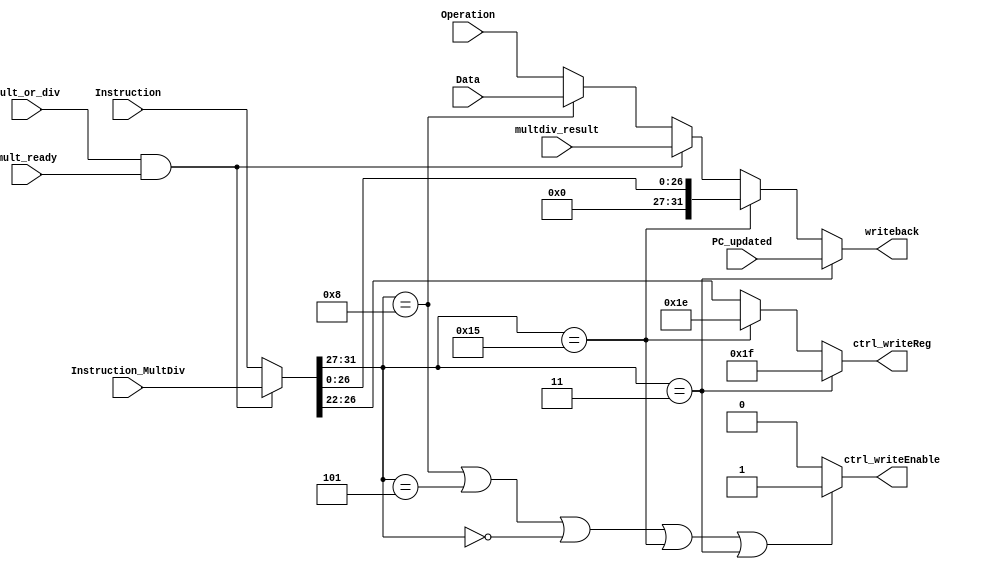
module writeback_stage(Instruction, Instruction_MultDiv, PC_updated, Operation, Data, multdiv_result, mult_or_div, mult_ready, writeback, ctrl_writeEnable, ctrl_writeReg);
    input [31:0] Instruction, Instruction_MultDiv, PC_updated, Operation, Data, multdiv_result;
    input mult_or_div, mult_ready;
    output [31:0] writeback;
    output [4:0] ctrl_writeReg;
    output ctrl_writeEnable;

    wire[4:0] lw, addi, ALU, setx, jal;
    assign lw = 5'b01000;
    assign ALU = 5'b00000;
    assign addi = 5'b00101;
    assign setx = 5'b10101;
    assign jal = 5'b00011;

    wire[31:0] writeback1, writeback2, writeback3, Instruction_used, target;
    wire [4:0] ctrl_writeReg1, rstatus, r31;
    assign rstatus = 5'd30;
    assign r31 = 5'd31;
    
    assign Instruction_used = (mult_or_div && mult_ready) ? Instruction_MultDiv : Instruction;
    assign target[26:0] = Instruction_used[26:0];
    assign target[31:27] = 5'b0;

    assign writeback1 = (Instruction_used[31:27] == lw) ? Data : Operation;
    assign writeback2 = (mult_or_div && mult_ready) ? multdiv_result : writeback1;
    assign writeback3 = (Instruction_used[31:27] == setx) ? target : writeback2;
    assign writeback = (Instruction_used[31:27] == jal) ? PC_updated : writeback3;

    assign ctrl_writeEnable = ((Instruction_used[31:27] == lw) || (Instruction_used[31:27] == addi) || (Instruction_used[31:27] == ALU) || (Instruction_used[31:27] == setx) || (Instruction_used[31:27] == jal)) ? 1'b1 : 1'b0;
    
    assign ctrl_writeReg1 = (Instruction_used[31:27] == setx) ? rstatus : Instruction_used[26:22];
    assign ctrl_writeReg = (Instruction_used[31:27] == jal) ? r31 : ctrl_writeReg1;
    
endmodule